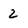
Character: 2